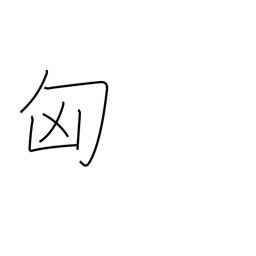
Meaning: Hungary